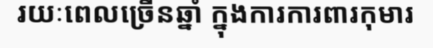
រយៈពេលច្រើនឆ្នាំ ក្នុងការការពារកុមារ